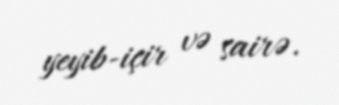
yeyib-içir və sairə.